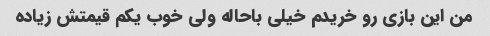
من این بازی رو خریدم خیلی باحاله ولی خوب یکم قیمتش زیاده